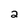
Character: 2